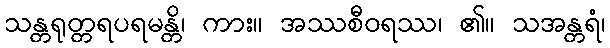
သန္တရုတ္တရပရမန္တိ၊ ကား။ အဿစီဝရဿ၊ ၏။ သအန္တရံ၊